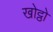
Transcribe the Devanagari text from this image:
खोट्ठो